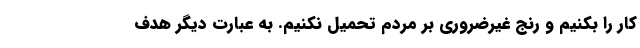
کار را بکنیم و رنج غیرضروری بر مردم تحمیل نکنیم. به عبارت دیگر هدف